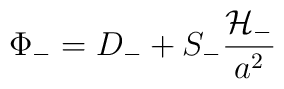
\Phi_{-} = D_{-} + S_{-} \frac{\cal{H}_{-}}{a^2}